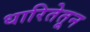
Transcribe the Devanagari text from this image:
धारितेतून